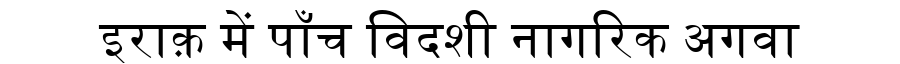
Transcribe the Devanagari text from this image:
इराक़ में पाँच विदशी नागरिक अगवा